Indian journal of veterinary science and animal husbandry - Volume 3,
Year: 1933
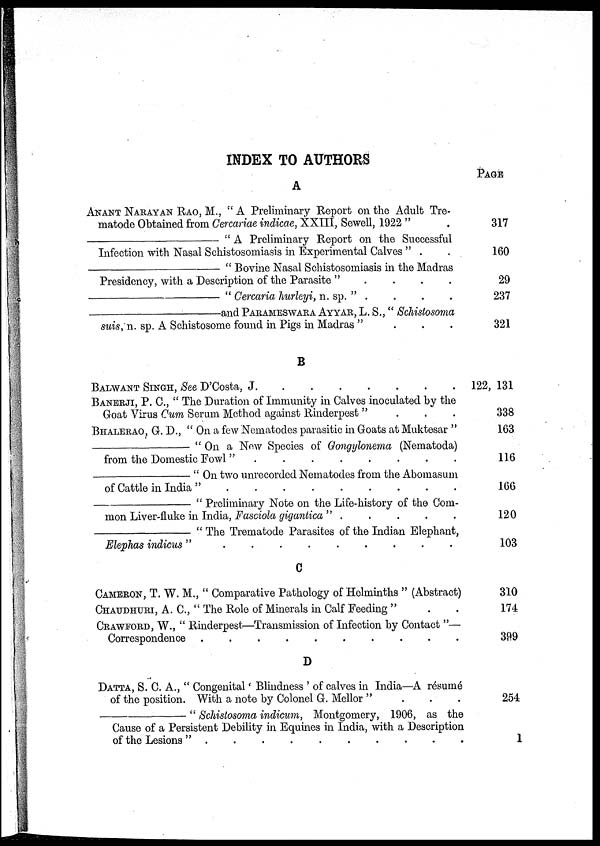
INDEX TO AUTHORS
A
ANANT NARAYAN RAO, M., "A Preliminary Report on the Adult Tre-
matode Obtained from Cercariae indicae, XXIII, Sewell, 1922 "
—
" A Preliminary Report on the Successful
Infection with Nasal Schistosomiasis in Experimental Calves " .
—
" Bovine Nasal Schistosomiasis in the Madras
Presidency, with a Description of the Parasite "
—
" Cercaria hurleyi, n. sp. " .
—
and PARAMESWARA AYYAR, L. S., " Schistosoma
suis, n. sp. A Schistosome found in Pigs in Madras ".
.
.
B
BALWANT SINGH, See D'Costa, J . . . . . . . .
BANERJI, P. C, " The Duration of Immunity in Calves inoculated by the
Goat Virus Cum Serum Method against Rinderpest "
BHALERAO, G. D., " On a few Nematodes parasitic in Goats at Muktesar "
—
"On a New Species of Gongylonema (Nematoda)
from the Domestic Fowl "
—
" On two unrecorded Nematodes from the Abomasum
of Cattle in India ".
.
.
.
.
.
.
.
.
—
" Preliminary Note on the Life-history of the Com-
mon Liver-fluke in India, Fasciola gigantica " . . . . . . . .
—
" The Trematode Parasites of the Indian Elephant,
Elephas
indicus".
.
.
.
.
.
.
.
C
CAMERON, T. W. M., " Comparative Pathology of Helminths " (Abstract)
CHAUDHURI, A. C., " The Role of Minerals in Calf Feeding " . .
CRAWFORD, W., " Rinderpest—Transmission of Infection by Contact "—
Correspondence . . . . . . . .
D
DATTA, S. C. A., " Congenital ' Blindness ' of calves in India—A résumé
of the position. With a note by Colonel G. Mellor " . . .
—
" Schistosoma indicum, Montgomery, 1906, as the
Cause of a Persistent Debility in Equines in India, with a Description
of the Lesions" . . . . . . . .
PAGE
317
160
29
237
321
122, 131
338
163
116
166
120
103
310
174
399
254
1